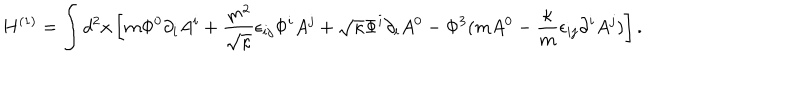
LaTeX: H ^ { ( 1 ) } = \int d ^ { 2 } x \left[ m \Phi ^ { 0 } \partial _ { i } A ^ { i } + \frac { m ^ { 2 } } { \sqrt { \kappa } } \epsilon _ { i j } \Phi ^ { i } A ^ { j } + \sqrt { \kappa } \Phi ^ { i } \partial _ { i } A ^ { 0 } - \Phi ^ { 3 } ( m A ^ { 0 } - \frac { \kappa } { m } \epsilon _ { i j } \partial ^ { i } A ^ { j } ) \right] .